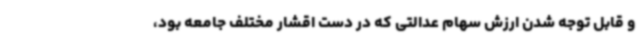
و قابل توجه شدن ارزش سهام عدالتی که در دست اقشار مختلف جامعه بود،